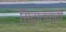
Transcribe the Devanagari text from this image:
सिद्वांतवादी